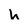
Character: h